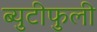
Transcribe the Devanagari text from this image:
ब्युटीफुली